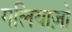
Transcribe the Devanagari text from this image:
गलियाज़ो